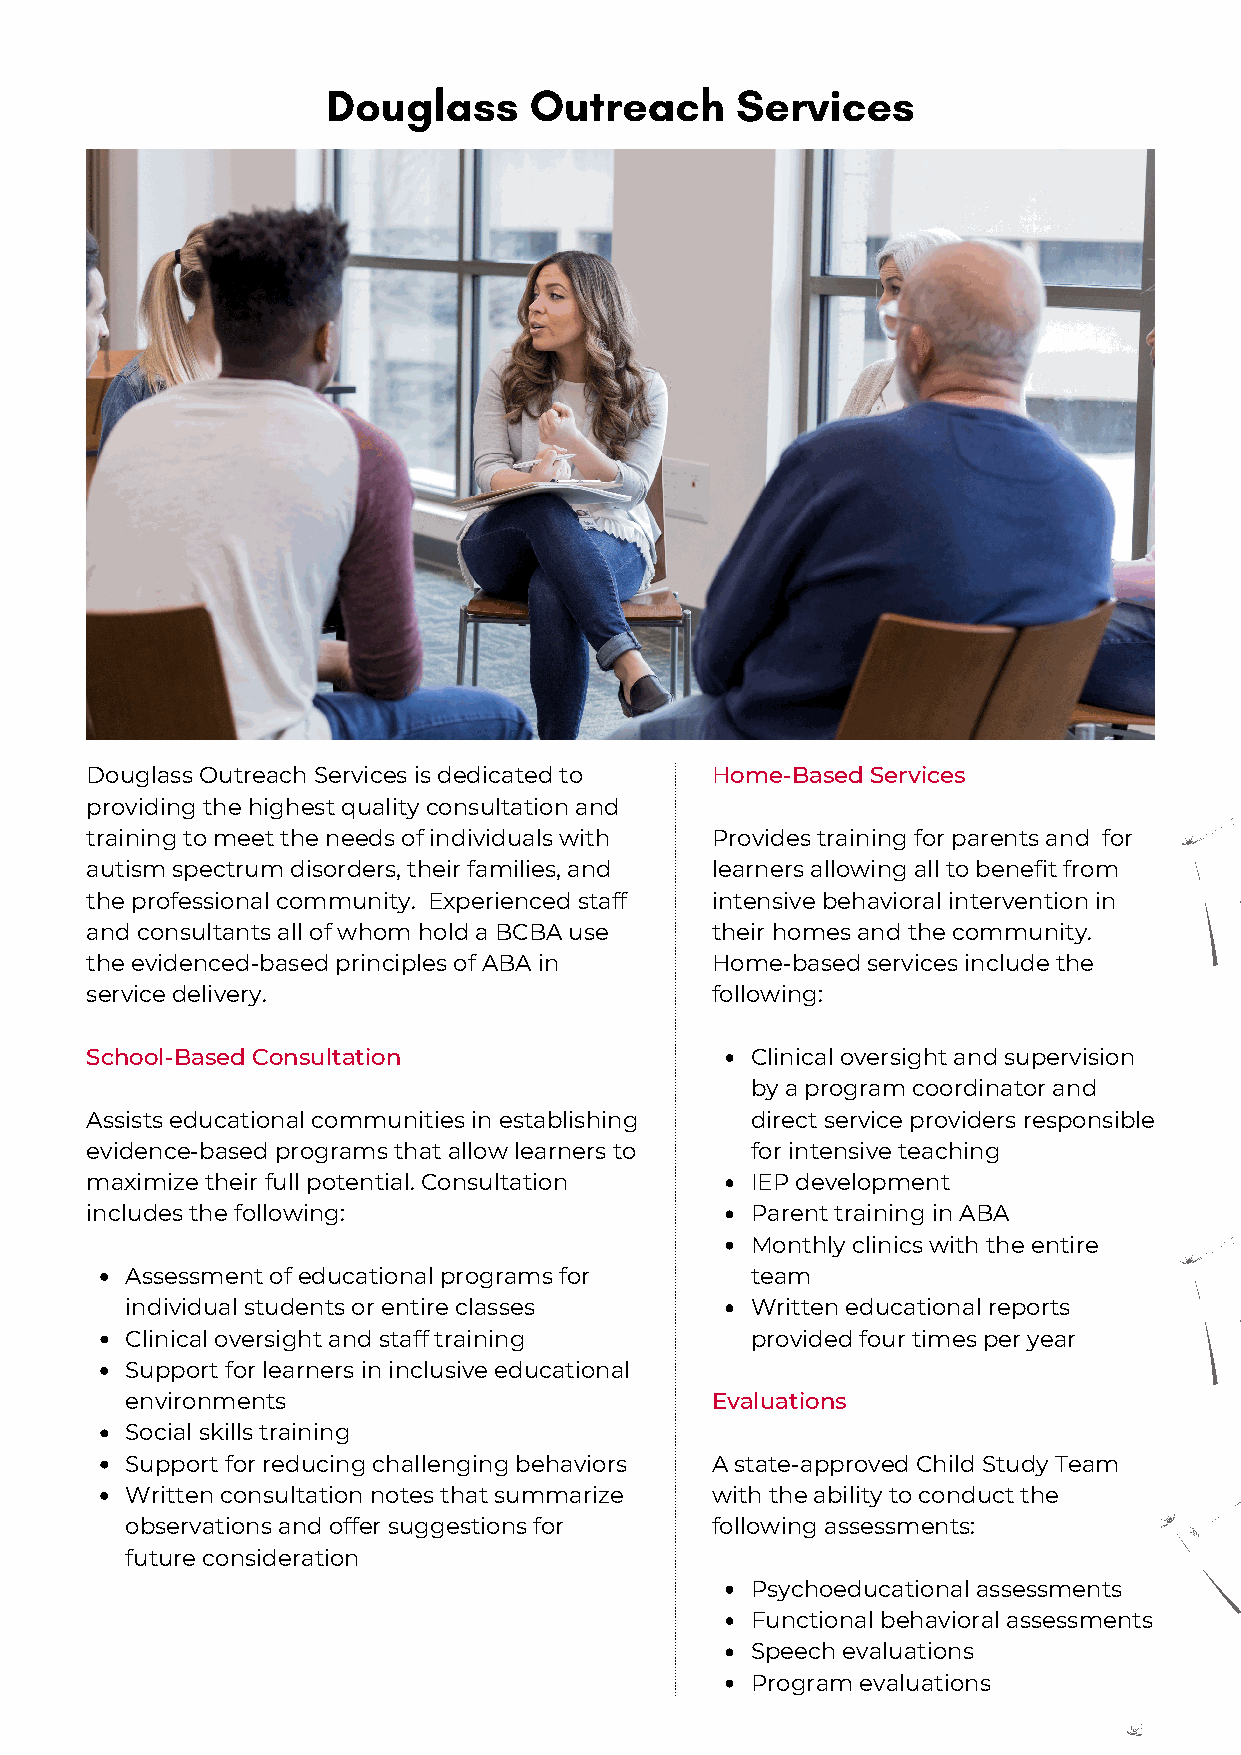
Douglass     Outreach      Services
 Douglass Outreach Services is dedicated to Home-Based Services
 providing the highest quality consultation and
 training to meet the needs of individuals with Provides training for parents and for
 autism spectrum disorders, their families, and learners allowing all to benefit from
 the professional community. Experienced staff intensive behavioral intervention in
 and consultants all of whom hold a BCBA use their homes and the community.
 the evidenced-based principles of ABA in Home-based services include the
 service delivery.                        following:
 School-Based Consultation                   Clinical oversight and supervision
 by a program coordinator and
 Assists educational communities in establishing direct service providers responsible
 evidence-based programs that allow learners to for intensive teaching
 maximize their full potential. Consultation IEP development
 includes the following:                     Parent training in ABA
 Monthly clinics with the entire
 Assessment of educational programs for    team
 individual students or entire classes     Written educational reports
 Clinical oversight and staff training     provided four times per year
 Support for learners in inclusive educational
 environments                           Evaluations
 Social skills training
 Support for reducing challenging behaviors A state-approved Child Study Team
 Written consultation notes that summarize with the ability to conduct the
 observations and offer suggestions for following assessments:
 future consideration
 Psychoeducational assessments
 Functional behavioral assessments
 Speech evaluations
 Program evaluations